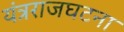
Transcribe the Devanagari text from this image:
यंत्रराजघटना